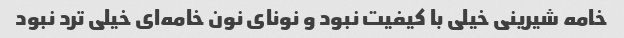
خامه شیرینی خیلی با کیفیت نبود و نونای نون خامه‌ای خیلی ترد نبود